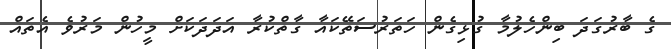
ގެ ބާރުގަދަ ބިންހެލުމާ ގުޅިގެން ހަތަރުސަތޭކައާ ގާތްކުރާ އަދަދަކަށް މީހުން މަރުވެ އެތައް